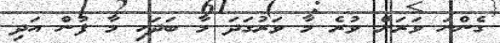
ގެންނަ ވަރަށް ވުރެ މާ ވަރުގަދަ މާ ބަދަހި މާ ފުން އަދި